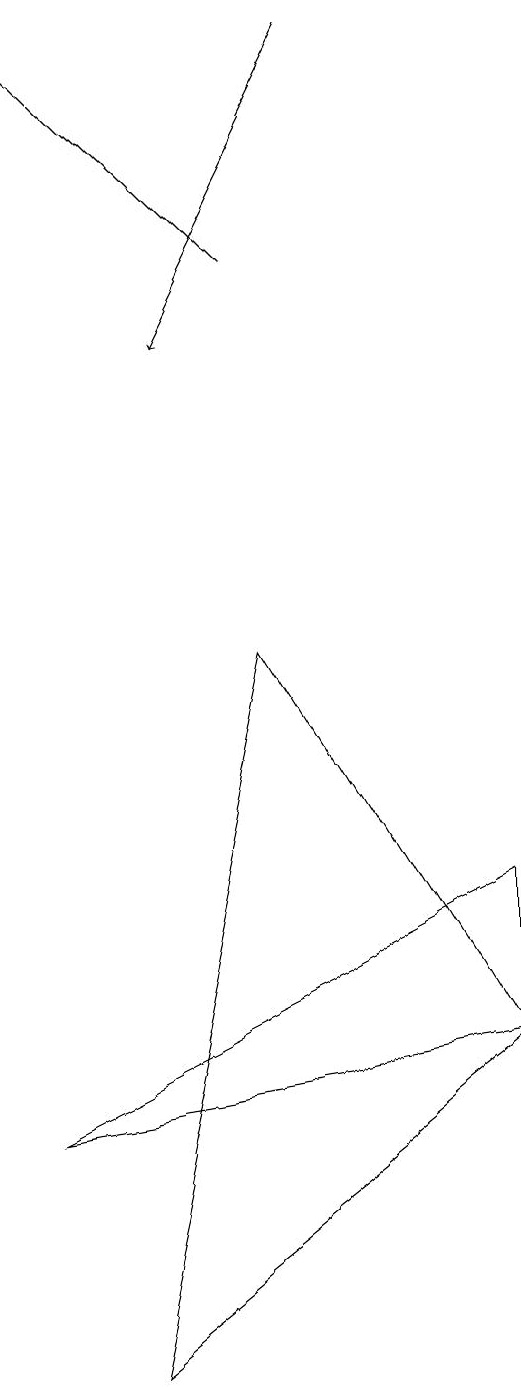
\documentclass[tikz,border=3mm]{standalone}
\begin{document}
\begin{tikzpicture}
\draw (5,9) -- (3,0) -- (8,4) -- cycle;
\draw (2,3) -- (8,6) -- (8,4) -- cycle;
\draw[->] (6,17) -- (4,13);
\draw[->] (5,14) -- (2,17);
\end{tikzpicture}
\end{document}